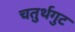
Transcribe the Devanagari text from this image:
चतुर्थगुट